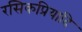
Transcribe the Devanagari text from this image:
रसिकप्रियादि